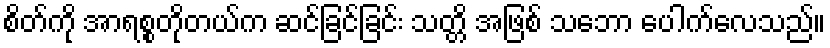
စိတ်ကို အာရစ္စတိုတယ်က ဆင်ခြင်ခြင်း သတ္တိ အဖြစ် သဘော ပေါက်လေသည်။